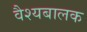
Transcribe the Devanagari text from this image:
वैश्यबालक